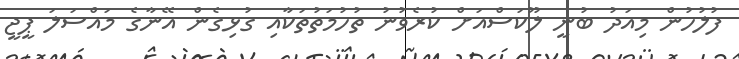
ފުލުހުން މިއަދު ބުނީ ލޫކަސްއަށް ކުރެވުނު ތުހުމަތުތަކާއި ގުޅިގެން އޭނާގެ މައްސަލަ ޕީޖީ